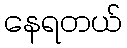
နေရတယ်